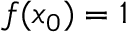
f ( x _ { 0 } ) = 1